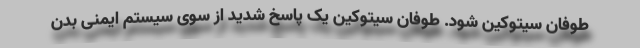
طوفان سیتوکین شود. طوفان سیتوکین یک پاسخ شدید از سوی سیستم ایمنی بدن